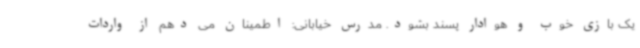
یک بازی خوب و هوادار پسند بشود. مدرس خیابانی: اطمینان می دهم از واردات